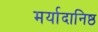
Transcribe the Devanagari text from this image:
मर्यादानिष्ठ